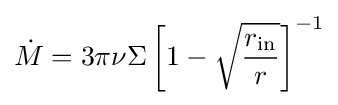
{\dot {M}}=3\pi \nu \Sigma \left[1-{\sqrt {\frac {r_{\text{in}}}{r}}}\right]^{-1}